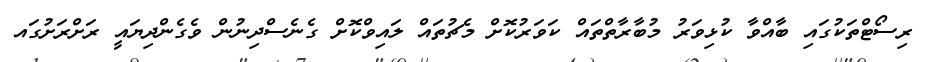
ރިސޯޓްތަކުގައި ބާއްވާ ކުޅިވަރު މުބާރާތްތައް ކަވަރުކޮށް މެޗުތައް ލައިވްކޮށް ގެނެސްދިނުން ވެގެންދިޔައީ ރަށްރަށުގައ